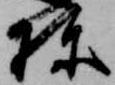
棟